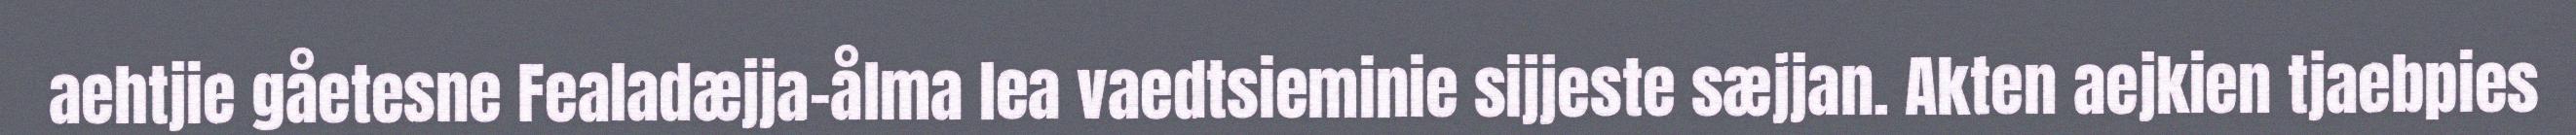
aehtjie gåetesne Fealadæjja-ålma lea vaedtsieminie sijjeste sæjjan. Akten aejkien tjaebpies